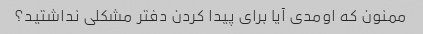
ممنون که اومدی آیا برای پیدا کردن دفتر مشکلی نداشتید؟